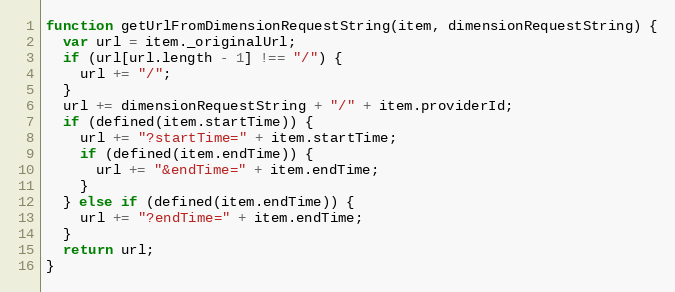
Language: JavaScript
function getUrlFromDimensionRequestString(item, dimensionRequestString) {
  var url = item._originalUrl;
  if (url[url.length - 1] !== "/") {
    url += "/";
  }
  url += dimensionRequestString + "/" + item.providerId;
  if (defined(item.startTime)) {
    url += "?startTime=" + item.startTime;
    if (defined(item.endTime)) {
      url += "&endTime=" + item.endTime;
    }
  } else if (defined(item.endTime)) {
    url += "?endTime=" + item.endTime;
  }
  return url;
}